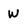
Character: W